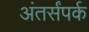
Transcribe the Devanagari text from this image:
अंतर्संपर्क